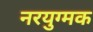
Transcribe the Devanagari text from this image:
नरयुग्मक